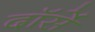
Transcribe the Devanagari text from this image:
दॉर्से